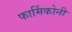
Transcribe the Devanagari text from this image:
फार्मिकोनी